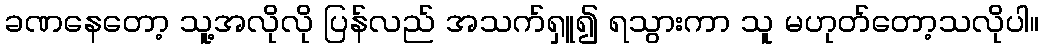
ခဏနေတော့ သူ့အလိုလို ပြန်လည် အသက်ရှူ၍ ရသွားကာ သူ မဟုတ်တော့သလိုပါ။